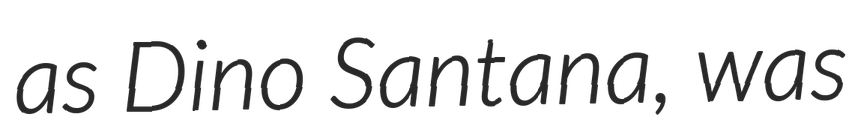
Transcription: as Dino Santana, was